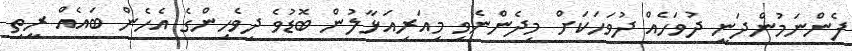
ފެންނަމުންދަނީ ދުވަހެއް ދުވަހަކަށް މިދެންނެވި މިއަރިއަޅާލުން ބޮޑުވެ ދިވެހިންގެ އެހެން ބައެއް ރީތި